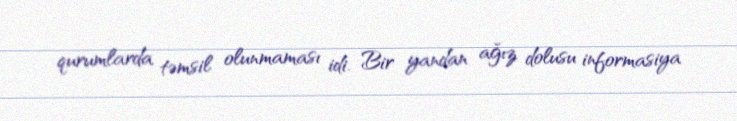
qurumlarda təmsil olunmaması idi. Bir yandan ağız dolusu informasiya